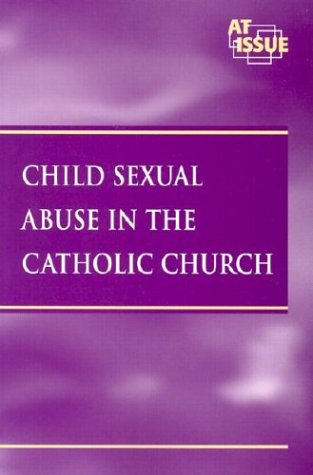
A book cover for Child Sexual Abuse inthe Catholic Church (At Issue); Louise Gerdes; Teen & Young Adult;